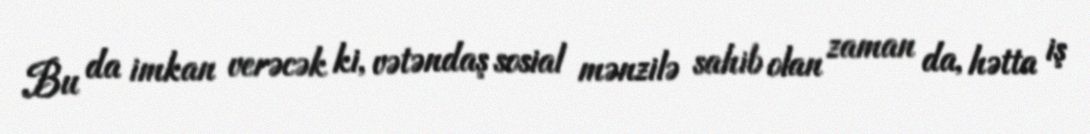
Bu da imkan verəcək ki, vətəndaş sosial mənzilə sahib olan zaman da, hətta iş